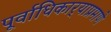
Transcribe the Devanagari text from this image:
पूर्वाधिकार्‍याप्रमाणे